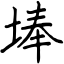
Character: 埲